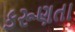
કરૂણતા